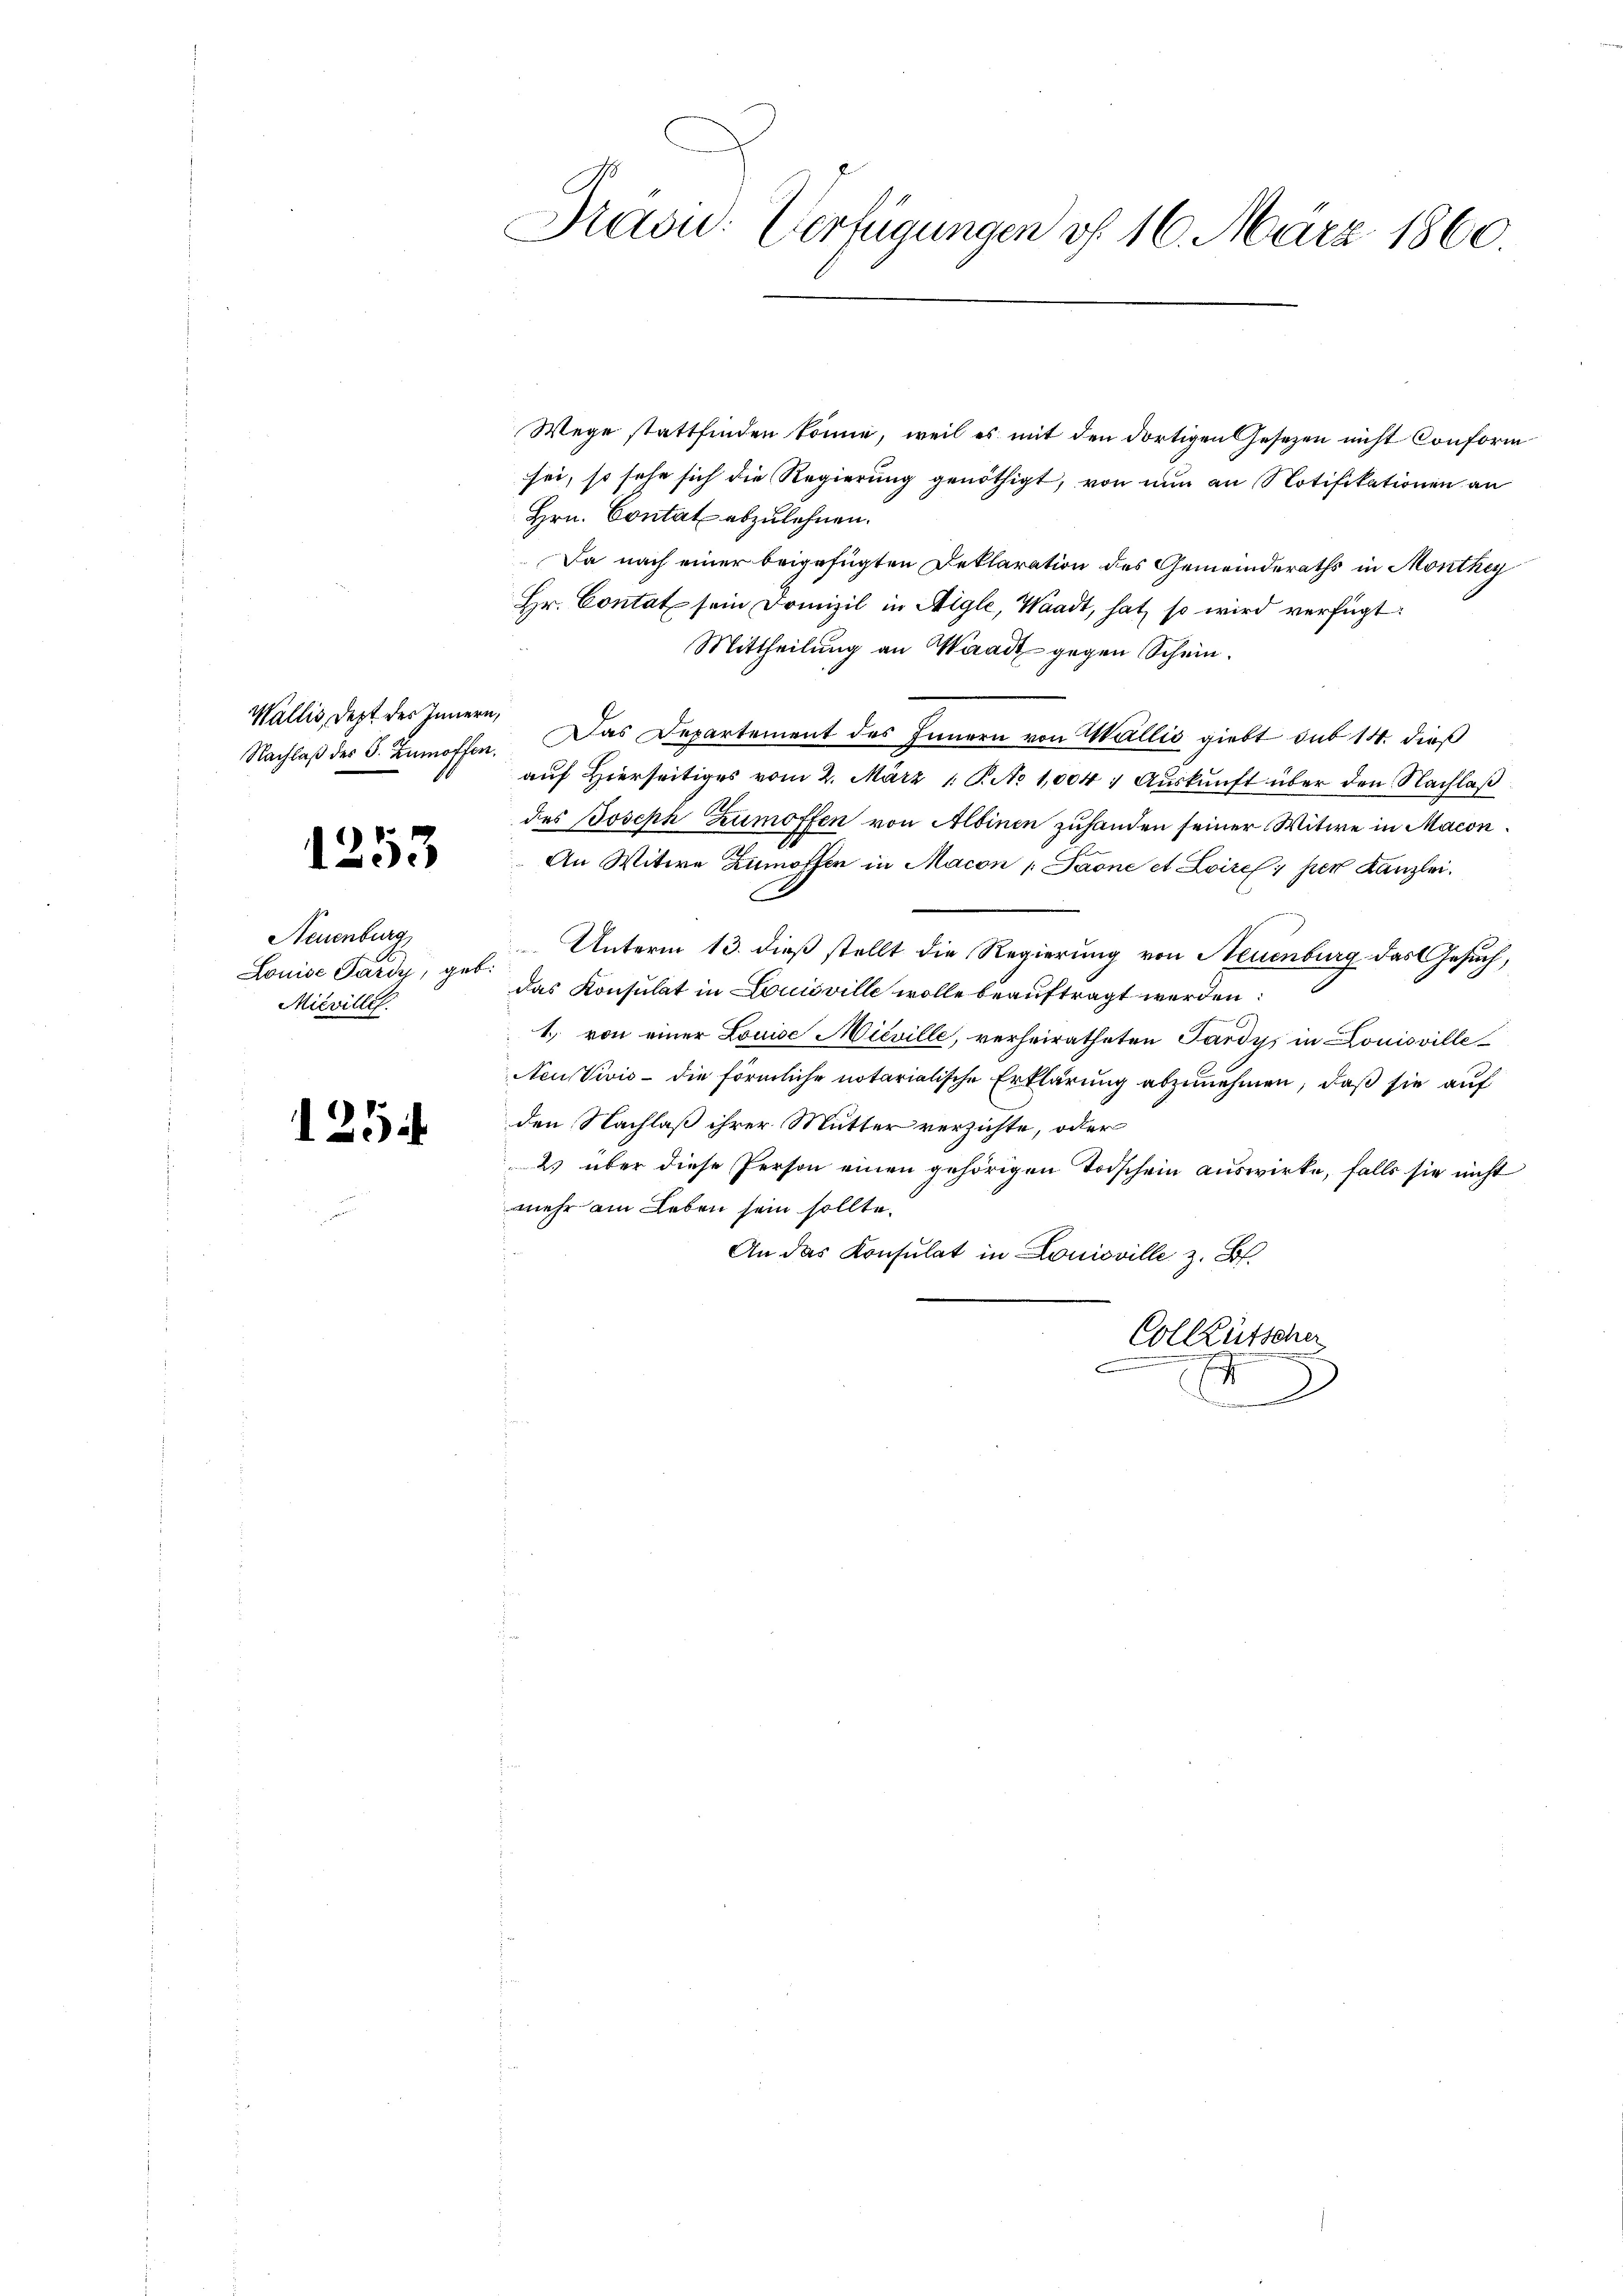
Wallis, dept des Innern,

1253

Neuenburg
Louise Pardy, geb.
Mievilles.

125

Kaou: Verfügungen v. 16. März 1860.

Wege stattfinden könne, weil es mit den dortigen Gesetzen nicht Conform
sei, so sehe sich die Regierung genöthigt, von nun an Notifikationen an
Hrn. Contat abzulehnen.
Da nach einer beigefügten Deklaration des Gemeinderaths in Monthey
Hr. Contat sein Domizil in Aigle, Waadt, hat, so wird verfügt:
Mittheilung an Waadt gegen Schein.
Nachlaβ der S. Zumoffen. Das Departement des Innern von Wallis giebt sub 14. dieß
auf Hierseitiges vom 2. März 1. P. No 1,004 : Aŭskŭnft über den Nachlaß
des Joseph Zumoffen von Albinen zuhanden seiner Witwe in Macon
An Witwe Zumoffen in Macon [Paone et Loire i per Kanzlei.
A
Unterm 13. dieß stellt die Regierung von Neuenburg das Gesuch,
das Konsulat in Louisville wolle beauftragt werden:
1. von einer Louise Mieville, verheiratheten Pardys in Louisville-
Neustivis - die förmliche notarialische Erklärung abzunehmen, daß sie auf
den Nachlaß ihrer Mutter verzichte, oder
2. über diese Person einen gehörigen Todschein auswirke, falls sie nicht
mehr ein Leben sein sollte.
An das Konsulat in Louisville z. B.
.
Colleütscher
e